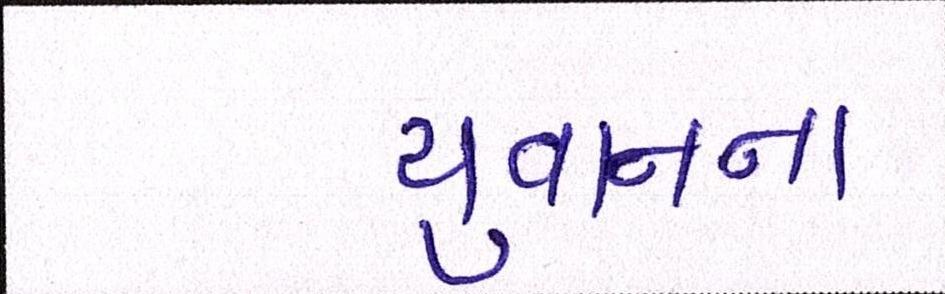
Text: યુવાનના